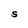
Character: S